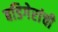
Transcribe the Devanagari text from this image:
बडिगेरांची